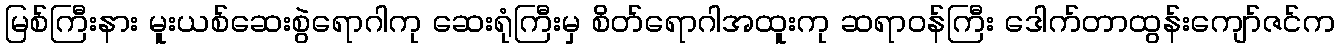
မြစ်ကြီးနား မူးယစ်ဆေးစွဲရောဂါကု ဆေးရုံကြီးမှ စိတ်ရောဂါအထူးကု ဆရာဝန်ကြီး ဒေါက်တာထွန်းကျော်ဇင်က